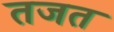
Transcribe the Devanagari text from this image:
तजत